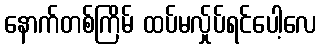
နောက်တစ်ကြိမ် ထပ်မလ်ှုပ်ရင်ပေါ့လေ